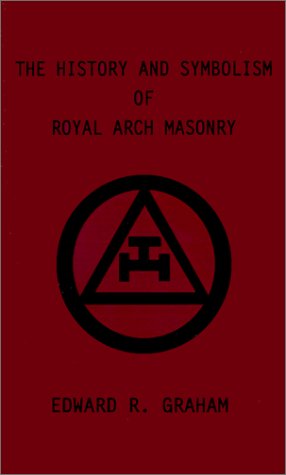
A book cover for The History and Symbolism of Royal Arch Masonry; Edward  R. Graham; Religion & Spirituality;